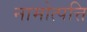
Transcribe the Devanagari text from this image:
नामोत्पत्ति